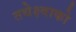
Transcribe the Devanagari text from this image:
तथेक्ष्वाको